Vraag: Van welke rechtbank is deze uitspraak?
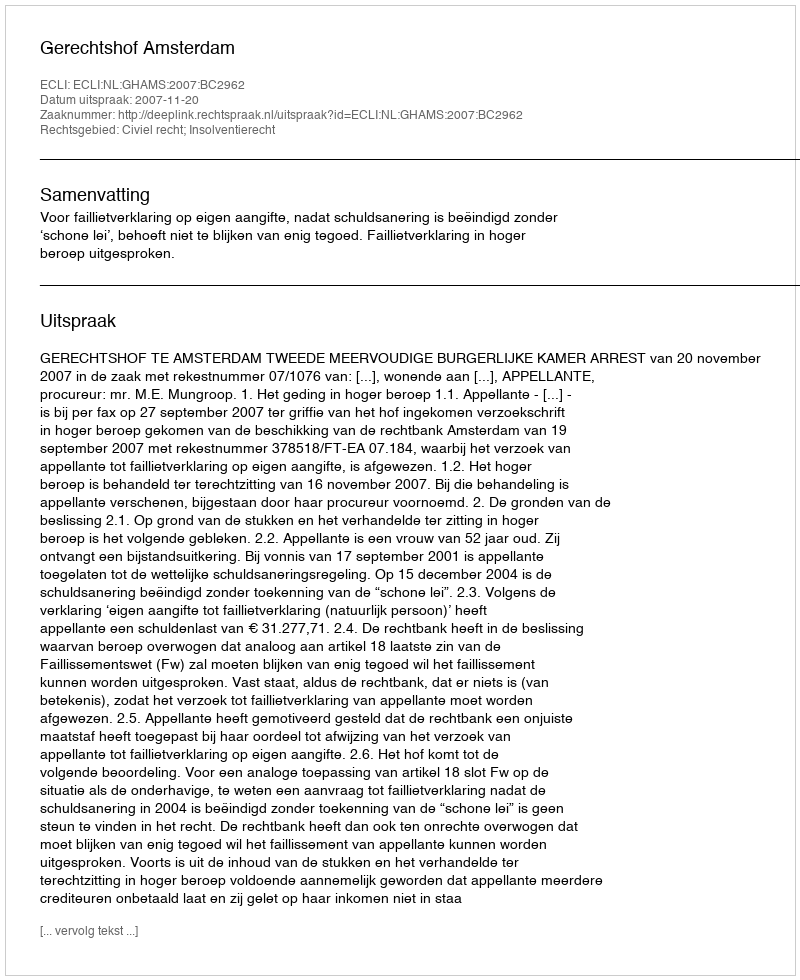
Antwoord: Gerechtshof Amsterdam